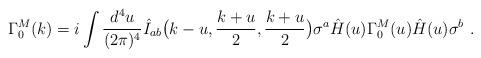
LaTeX: \begin{align*}\Gamma_0^M(k) = i \int{d^4u \over (2 \pi)^4} \hat I_{ab} \big (k-u, {k+u \over 2}, {k+u \over 2} \big ) \sigma^a \hat H(u)\Gamma_0^M(u) \hat H(u) \sigma^b \ .\end{align*}